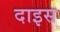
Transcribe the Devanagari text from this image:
दाइस